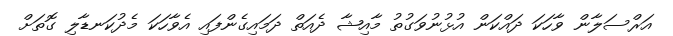
އަރްސަލާން ވާހަކަ ދައްކަން އުޅުނުވަގުތު މާއިޝާ ދެއަތް ދަމައިގެންފައި އެވާހަކަ މެދުކަނޑާލި ގޮތަށް